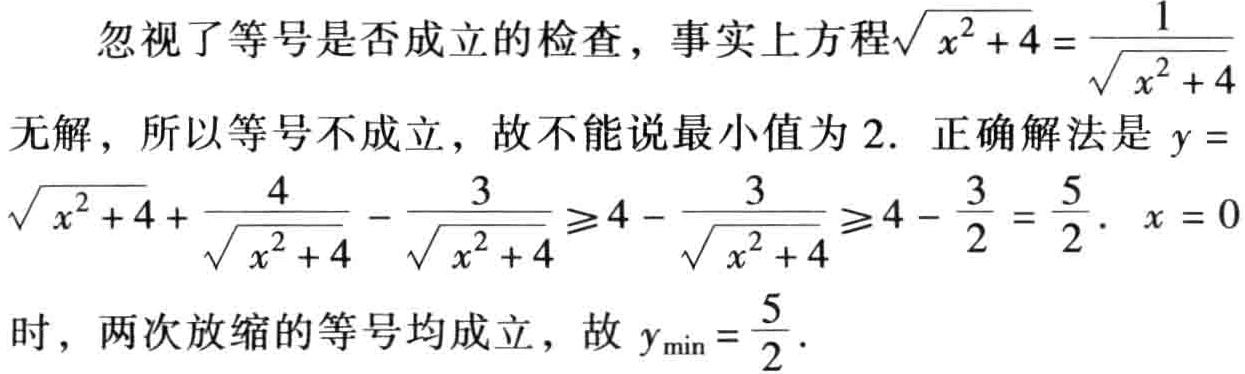
忽视了等号是否成立的检查，事实上方程\(\sqrt{x^{2}+4}=\frac{1}{\sqrt{x^{2}+4}}\)无解，所以等号不成立，故不能说最小值为 \(2\). 正确解法是 \(y = \sqrt{x^{2}+4}+\frac{4}{\sqrt{x^{2}+4}}-\frac{3}{\sqrt{x^{2}+4}}\geqslant4-\frac{3}{\sqrt{x^{2}+4}}\geqslant4 - \frac{3}{2}=\frac{5}{2}\). \(x = 0\)时，两次放缩的等号均成立，故 \(y_{\min}=\frac{5}{2}\).